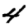
Digit: 4